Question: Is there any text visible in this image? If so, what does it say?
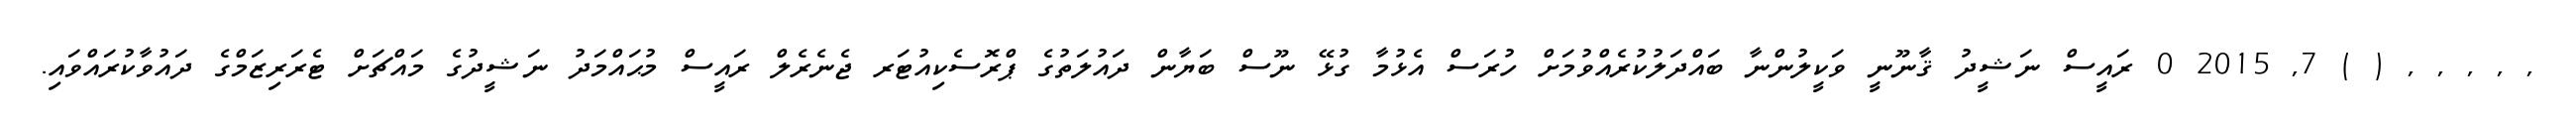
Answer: , , , , , ( ) 7, 2015 0 ރައީސް ނަޝީދު ޤާނޫނީ ވަކީލުންނާ ބައްދަލުކުރެއްވުމަށް ހުރަސް އެޅުމާ ގުޅޭ ނޫސް ބަޔާން ދައުލަތުގެ ޕްރޮސެކިއުޓަރ ޖެނެރެލް ރައީސް މުޙައްމަދު ނަޝީދުގެ މައްޗަށް ޓެރަރިޒަމްގެ ދައުވާކުރައްވައި.